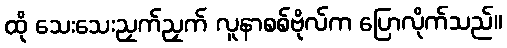
ထို သေးသေးညှက်ညှက် လူနာစစ်ဗိုလ်က ပြောလိုက်သည်။